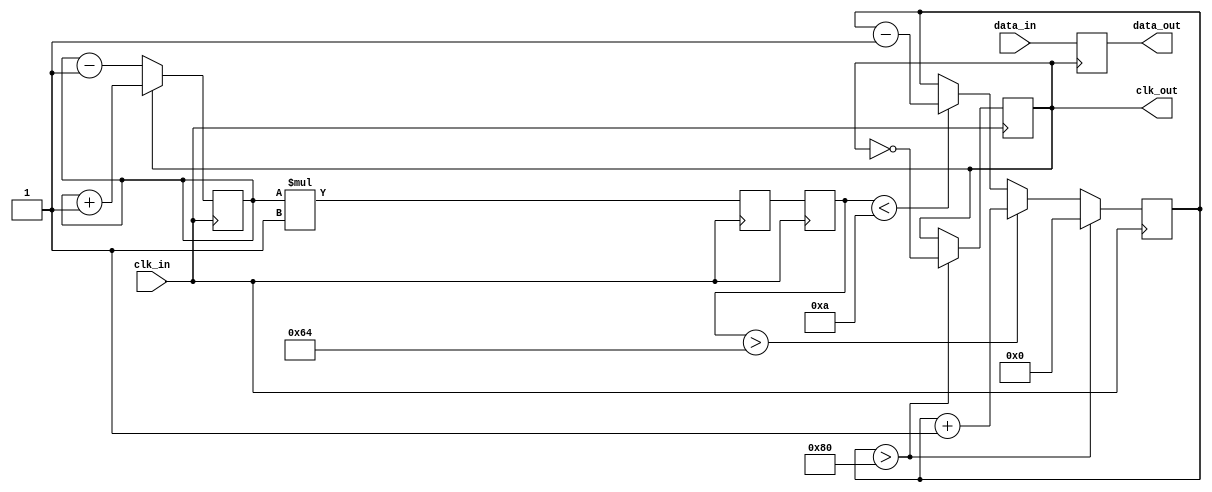
module pll_synchronizer (
    input wire clk_in,          // Incoming data clock
    input wire data_in,         // Incoming data signal
    output reg data_out,        // Synchronized output data
    output reg clk_out          // Output clock
);

    // Parameters for the PLL
    parameter integer VCO_MAX_FREQ = 100; // Max frequency for VCO
    parameter integer VCO_MIN_FREQ = 10;   // Min frequency for VCO
    parameter integer LOOP_FILTER_GAIN = 1; // Gain for loop filter

    // Internal signals
    reg [15:0] phase_error;      // Phase error signal
    reg [15:0] control_voltage;   // Control voltage from loop filter
    reg [7:0] vco_counter;        // VCO counter for clock generation
    reg [15:0] loop_filter;       // Loop filter output

    // Phase Detector
    always @(posedge clk_in) begin
        // Simple phase detector: Compare phase of incoming clock with local clock
        if (clk_out) begin
            phase_error <= phase_error + 1; // Increment phase error if clk_out is high
        end else begin
            phase_error <= phase_error - 1; // Decrement phase error if clk_out is low
        end
    end

    // Loop Filter (Proportional)
    always @(posedge clk_in) begin
        loop_filter <= phase_error * LOOP_FILTER_GAIN; // Simple proportional filter
        control_voltage <= loop_filter; // Update control voltage
    end

    // Voltage-Controlled Oscillator (VCO)
    always @(posedge clk_in) begin
        if (control_voltage > VCO_MAX_FREQ) begin
            vco_counter <= vco_counter + 1; // Increase VCO frequency
        end else if (control_voltage < VCO_MIN_FREQ) begin
            vco_counter <= vco_counter - 1; // Decrease VCO frequency
        end
        
        // Generate output clock based on VCO counter
        if (vco_counter > 128) begin
            clk_out <= ~clk_out; // Toggle clock output
            vco_counter <= 0; // Reset counter
        end
    end

    // Data Sampling Circuit
    always @(posedge clk_out) begin
        data_out <= data_in; // Sample incoming data on local clock edge
    end

endmodule